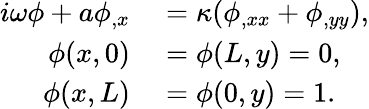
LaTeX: \begin{array}{rl}{i\omega\phi+a\phi_{,x}}&{{}=\kappa(\phi_{,xx}+\phi_{,yy}),}\\ {\phi(x,0)}&{{}=\phi(L,y)=0,}\\ {\phi(x,L)}&{{}=\phi(0,y)=1.}\end{array}